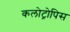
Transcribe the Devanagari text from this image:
कलोट्रोपिस